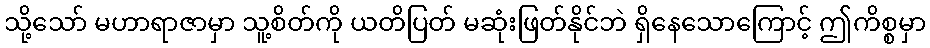
သို့သော် မဟာရာဇာမှာ သူ့စိတ်ကို ယတိပြတ် မဆုံးဖြတ်နိုင်ဘဲ ရှိနေသောကြောင့် ဤကိစ္စမှာ